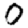
Digit: 0